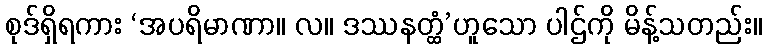
စုဒ်ရှိရကား ‘အပရိမာဏာ။ လ။ ဒဿနတ္ထံ’ဟူသော ပါဌ်ကို မိန့်သတည်း။